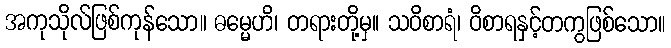
အကုသိုလ်ဖြစ်ကုန်သော။ ဓမ္မေဟိ၊ တရားတို့မှ။ သဝိစာရံ၊ ဝိစာရနှင့်တကွဖြစ်သော။